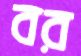
বর